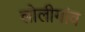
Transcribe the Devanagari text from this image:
लोलीगांव